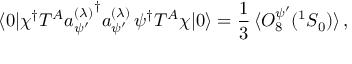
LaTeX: \langle 0 | \chi ^ { \dagger } T ^ { A } { a _ { \psi ^ { \prime } } ^ { ( \lambda ) } } ^ { \dagger } a _ { \psi ^ { \prime } } ^ { ( \lambda ) } \, \psi ^ { \dagger } T ^ { A } \chi | 0 \rangle = \frac { 1 } { 3 } \, \langle { \cal O } _ { 8 } ^ { \psi ^ { \prime } } ( { } ^ { 1 } S _ { 0 } ) \rangle \, ,